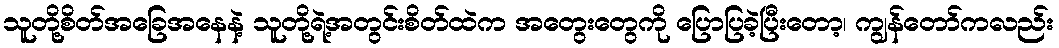
သူတို့စိတ်အခြေအနေနဲ့ သူတို့ရဲ့အတွင်းစိတ်ထဲက အတွေးတွေကို ပြောပြခဲ့ပြီးတော့၊ ကျွန်တော်ကလည်း